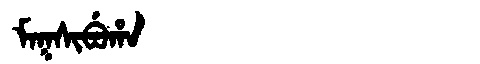
Manchu: ᠮᠠᡴᠰᡳᠪᡠᡥᠠ
Romanization: MAKSIBUHA